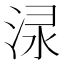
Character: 𣵌